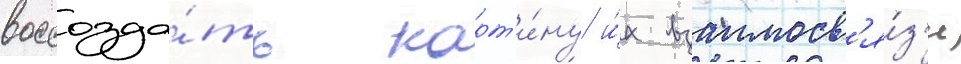
воссозда́ть карт'и́ну и́х взаимосв'я́з'и